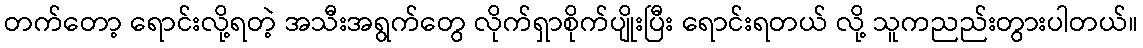
တက်တော့ ရောင်းလို့ရတဲ့ အသီးအရွက်တွေ လိုက်ရှာစိုက်ပျိုးပြီး ရောင်းရတယ် လို့ သူကညည်းတွားပါတယ်။